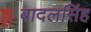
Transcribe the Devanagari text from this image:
बादलसिंह